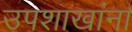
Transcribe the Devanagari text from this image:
उपशाखांना